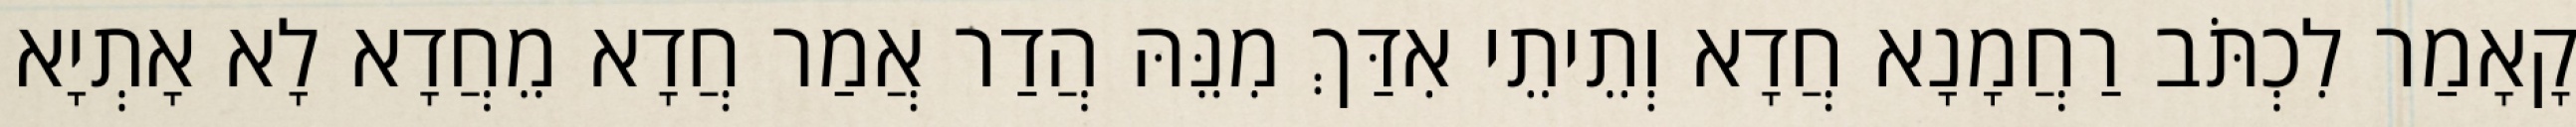
קָאָמַר לִכְתֹּב רַחֲמָנָא חֲדָא וְתֵיתֵי אִדַּךְ מִנֵּהּ הֲדַר אֲמַר חֲדָא מֵחֲדָא לָא אָתְיָא